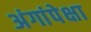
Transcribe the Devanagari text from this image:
अंगांपेक्षा